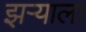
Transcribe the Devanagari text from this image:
झऱ्याला